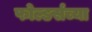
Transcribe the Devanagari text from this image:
फोल्डर्सच्या